Leaving Certificate Examination, 1923
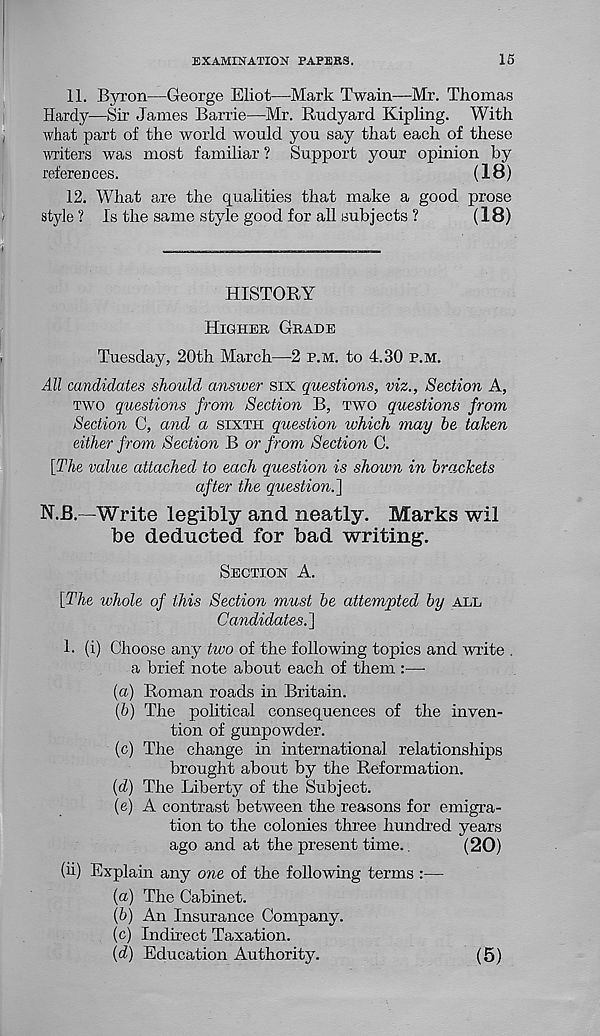
EXAMINATION PAPERS.
15
11. Byron—George Eliot—Mark Twain—Mr. Thomas
Hardy—Sir James Barrie—Mr. Rudyard Kipling. With
what part of the world would you say that each of these
writers was most familiar ? Support your opinion by
references.
(18)
12. What are the qualities that make a good prose
style? Is the same style good for all subjects ?
(18)
HISTORY
HIGHER GRADE
Tuesday, 20th March—2 P.M. to 4.30 P.M.
All candidates should, answer six questions, viz., Section A,
TWO questions from Section B, TWO questions from
Section C, and a SIXTH question which may he taken
either from Section B or from Section C.
[The value attached to each question is shown in brackets
after the question.']
N.B.—Write legibly and neatly. Marks wil
be deducted for bad writing.
SECTION A.
[The whole of this Section must he attempted by ALL
Candidates.]
1. (i) Choose any two of the following topics and write .
a brief note about each of them :—•
(а) Roman roads in Britain.
(б) The political consequences of the inven-
tion of gunpowder.
(c) The change in international relationships
brought about by the Reformation.
{d) The Liberty of the Subject.
(e) A contrast between the reasons for emigra-
tion to the colonies three hundred years
ago and at the present time..
(20)
(ii) Explain any one of the following terms :—
(a) The Cabinet.
[h] An Insurance Company.
(c) Indirect Taxation.
[d] Education Authority.
(5)